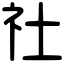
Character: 社